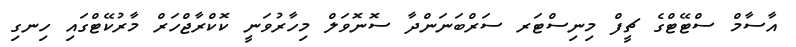
އާސާމް ސްޓޭޓްގެ ޗީފް މިނިސްޓަރ ސަރްބަނަންދާ ސޮނޮވަލް މިހާރުވަނީ ކޮކްރާޖްހަރް މާރުކޭޓްގައި ހިނގި